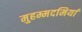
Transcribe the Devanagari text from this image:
मुहम्मदमियां